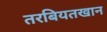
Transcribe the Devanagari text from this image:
तरबियतखान